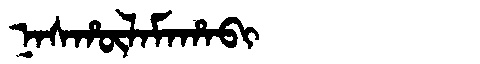
Manchu: ᠨᠠᠰᡥᡡᠯᠠᠮᠠᡥᠠᠪᡳ
Romanization: NASHŪLAMAHABI